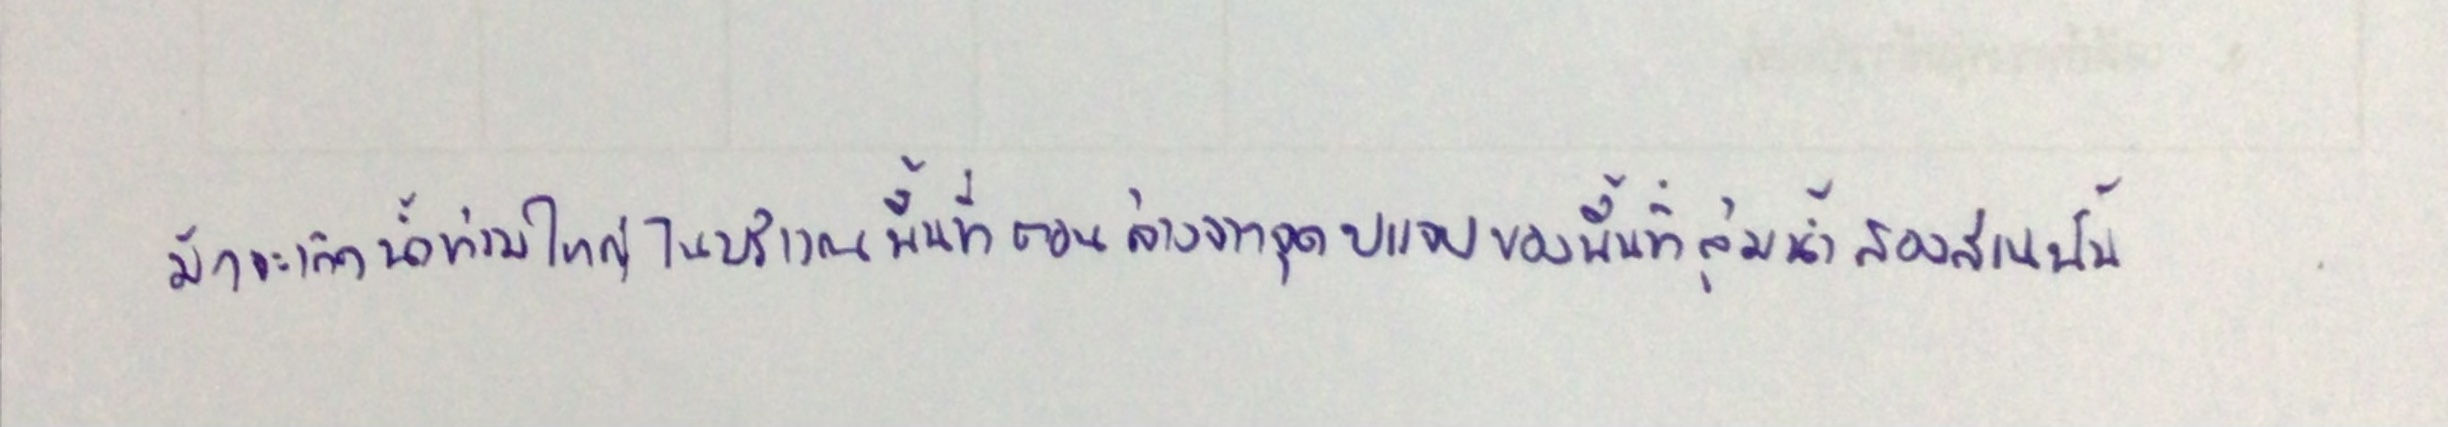
มักจะเกิดน้ำท่วมใหญ่ในบริเวณพื้นที่ตอนล่างจากจุดบรรจบของพื้นที่ลุ่มน้ำสองส่วนนั้น